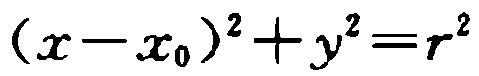
\((x - x_0)^2 + y^2 = r^2\)